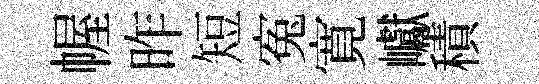
幄昨短寃寛巘積